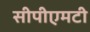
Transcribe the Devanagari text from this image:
सीपीएमटी